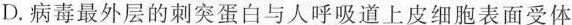
D.病毒最外层的刺突蛋白与人呼吸道上皮细胞表面受体